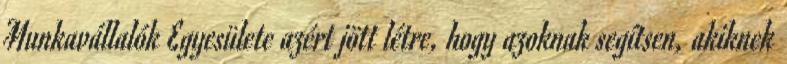
Munkavállalók Egyesülete azért jött létre, hogy azoknak segítsen, akiknek